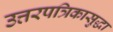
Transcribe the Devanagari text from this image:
उत्तरपत्रिकासुद्धा